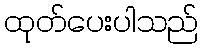
ထုတ်ပေးပါသည်